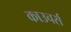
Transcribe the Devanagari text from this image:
काउचर्स